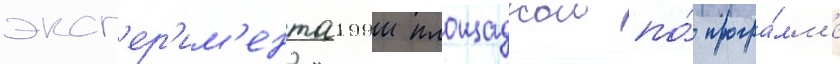
эксп'ер'им'ентальнои площадкои по́ програ́мм'е